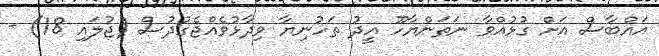
އައްބާސް އަށް ގުޅުއްވާ ނަތަންޔާހޫ އީދު ތަހުނިޔާ ވިދާޅުވެއްޖެގުދުސް (ޖުލައި 18) -